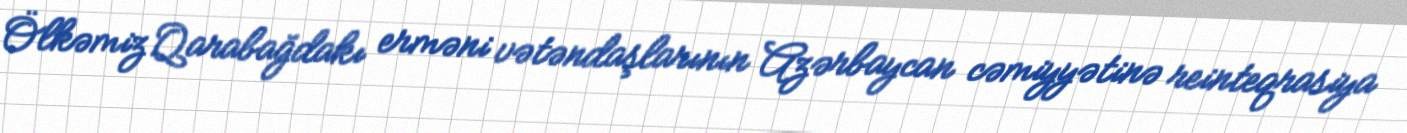
Ölkəmiz Qarabağdakı erməni vətəndaşlarının Azərbaycan cəmiyyətinə reinteqrasiya